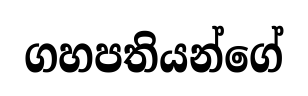
ගහපතියන්ගේ